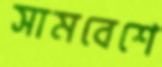
সামবেশে